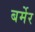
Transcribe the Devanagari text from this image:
बर्मेर